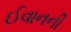
ઈવાનની